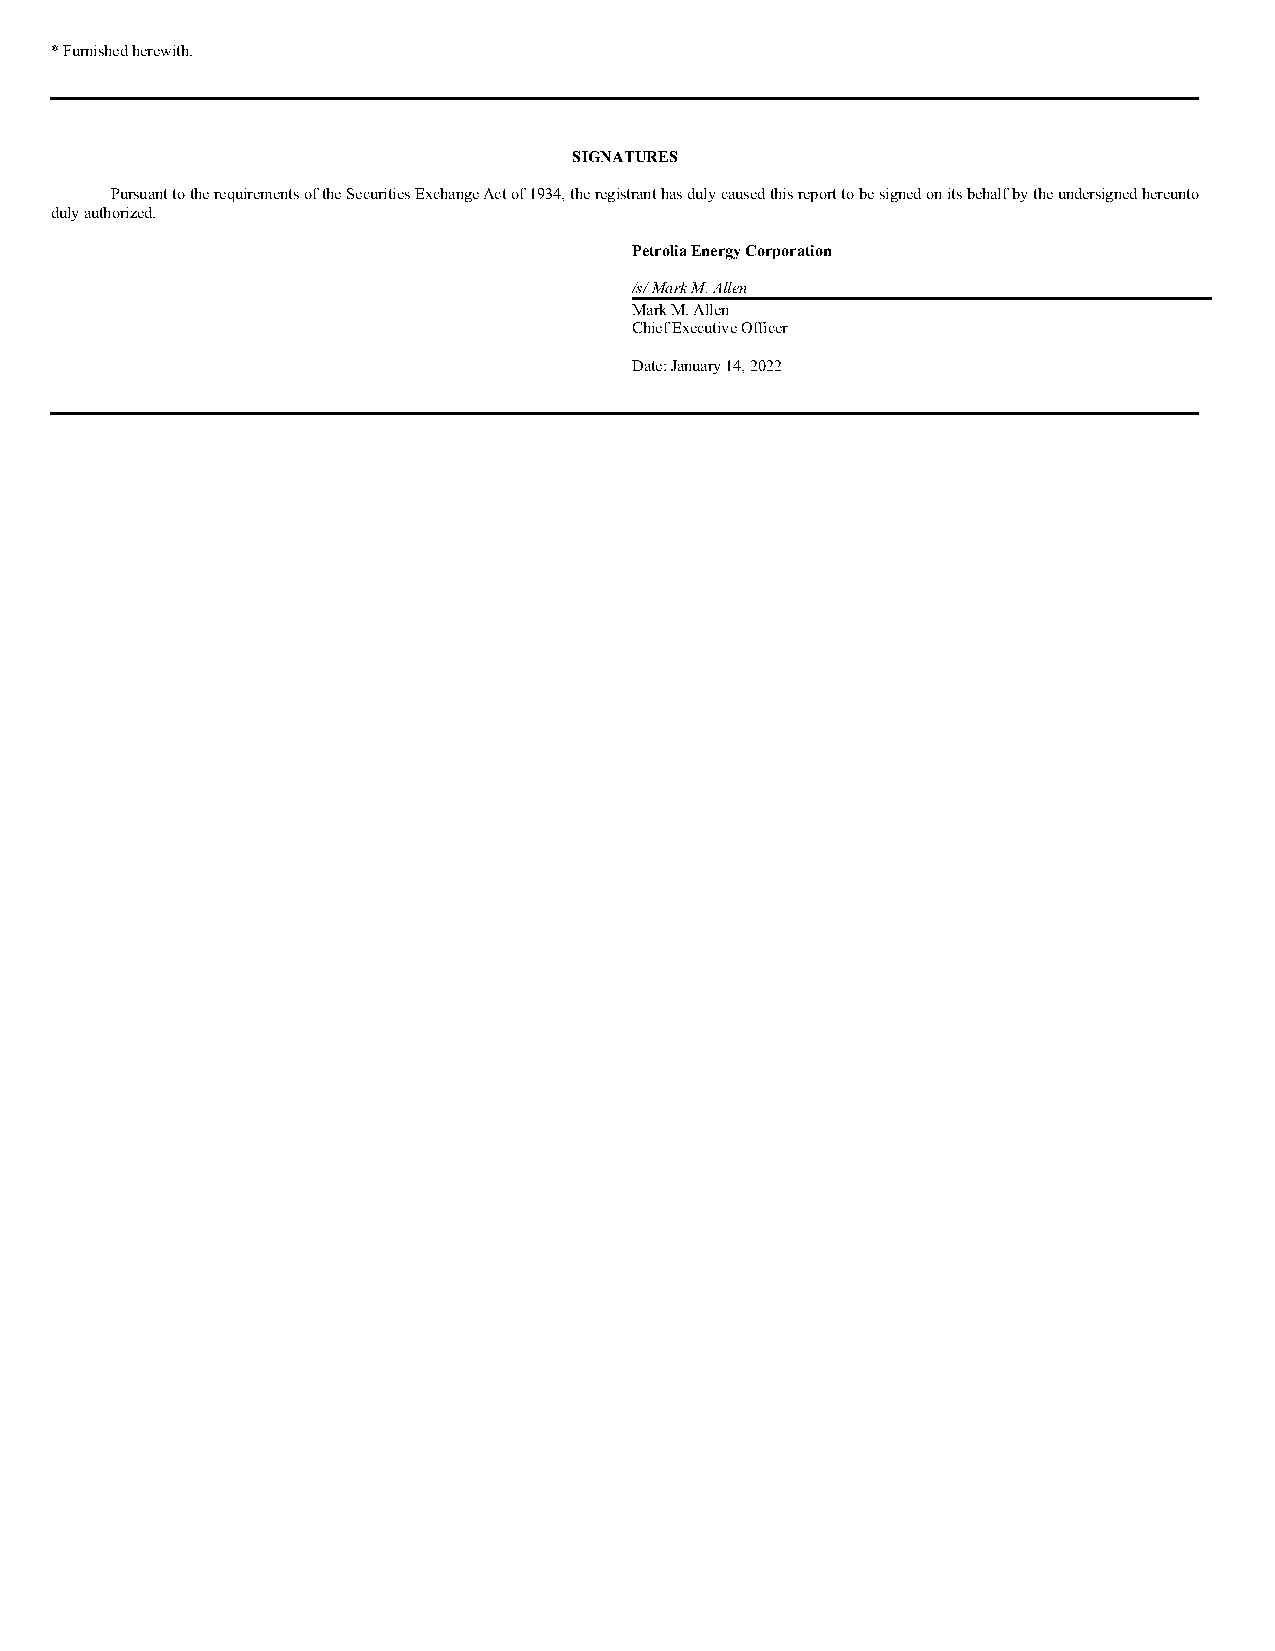
* Furnished herewith.
 SIGNATURES
 Pursuant to the requirements of the Securities Exchange Act of 1934, the registrant has duly caused this report to be signed on its behalf by the undersigned hereunto
 duly authorized.
 Petrolia Energy Corporation
 /s/ Mark M. Allen
 Mark M. Allen
 Chief Executive Officer
 Date: January 14, 2022